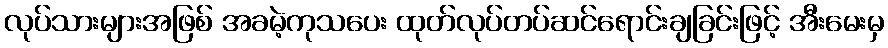
လုပ်သားများအဖြစ် အခမဲ့ကုသပေး ထုတ်လုပ်တပ်ဆင်ရောင်းချခြင်းဖြင့် အီးမေးမှ